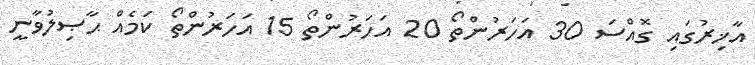
އާޚިރުގައި ގޮއްސަ 30 އަހަރުންތޯ 20 އަހަރުންތޯ 15 އަހަރުންތޯ ކަމެއް ޙާޞިލުވާނީ